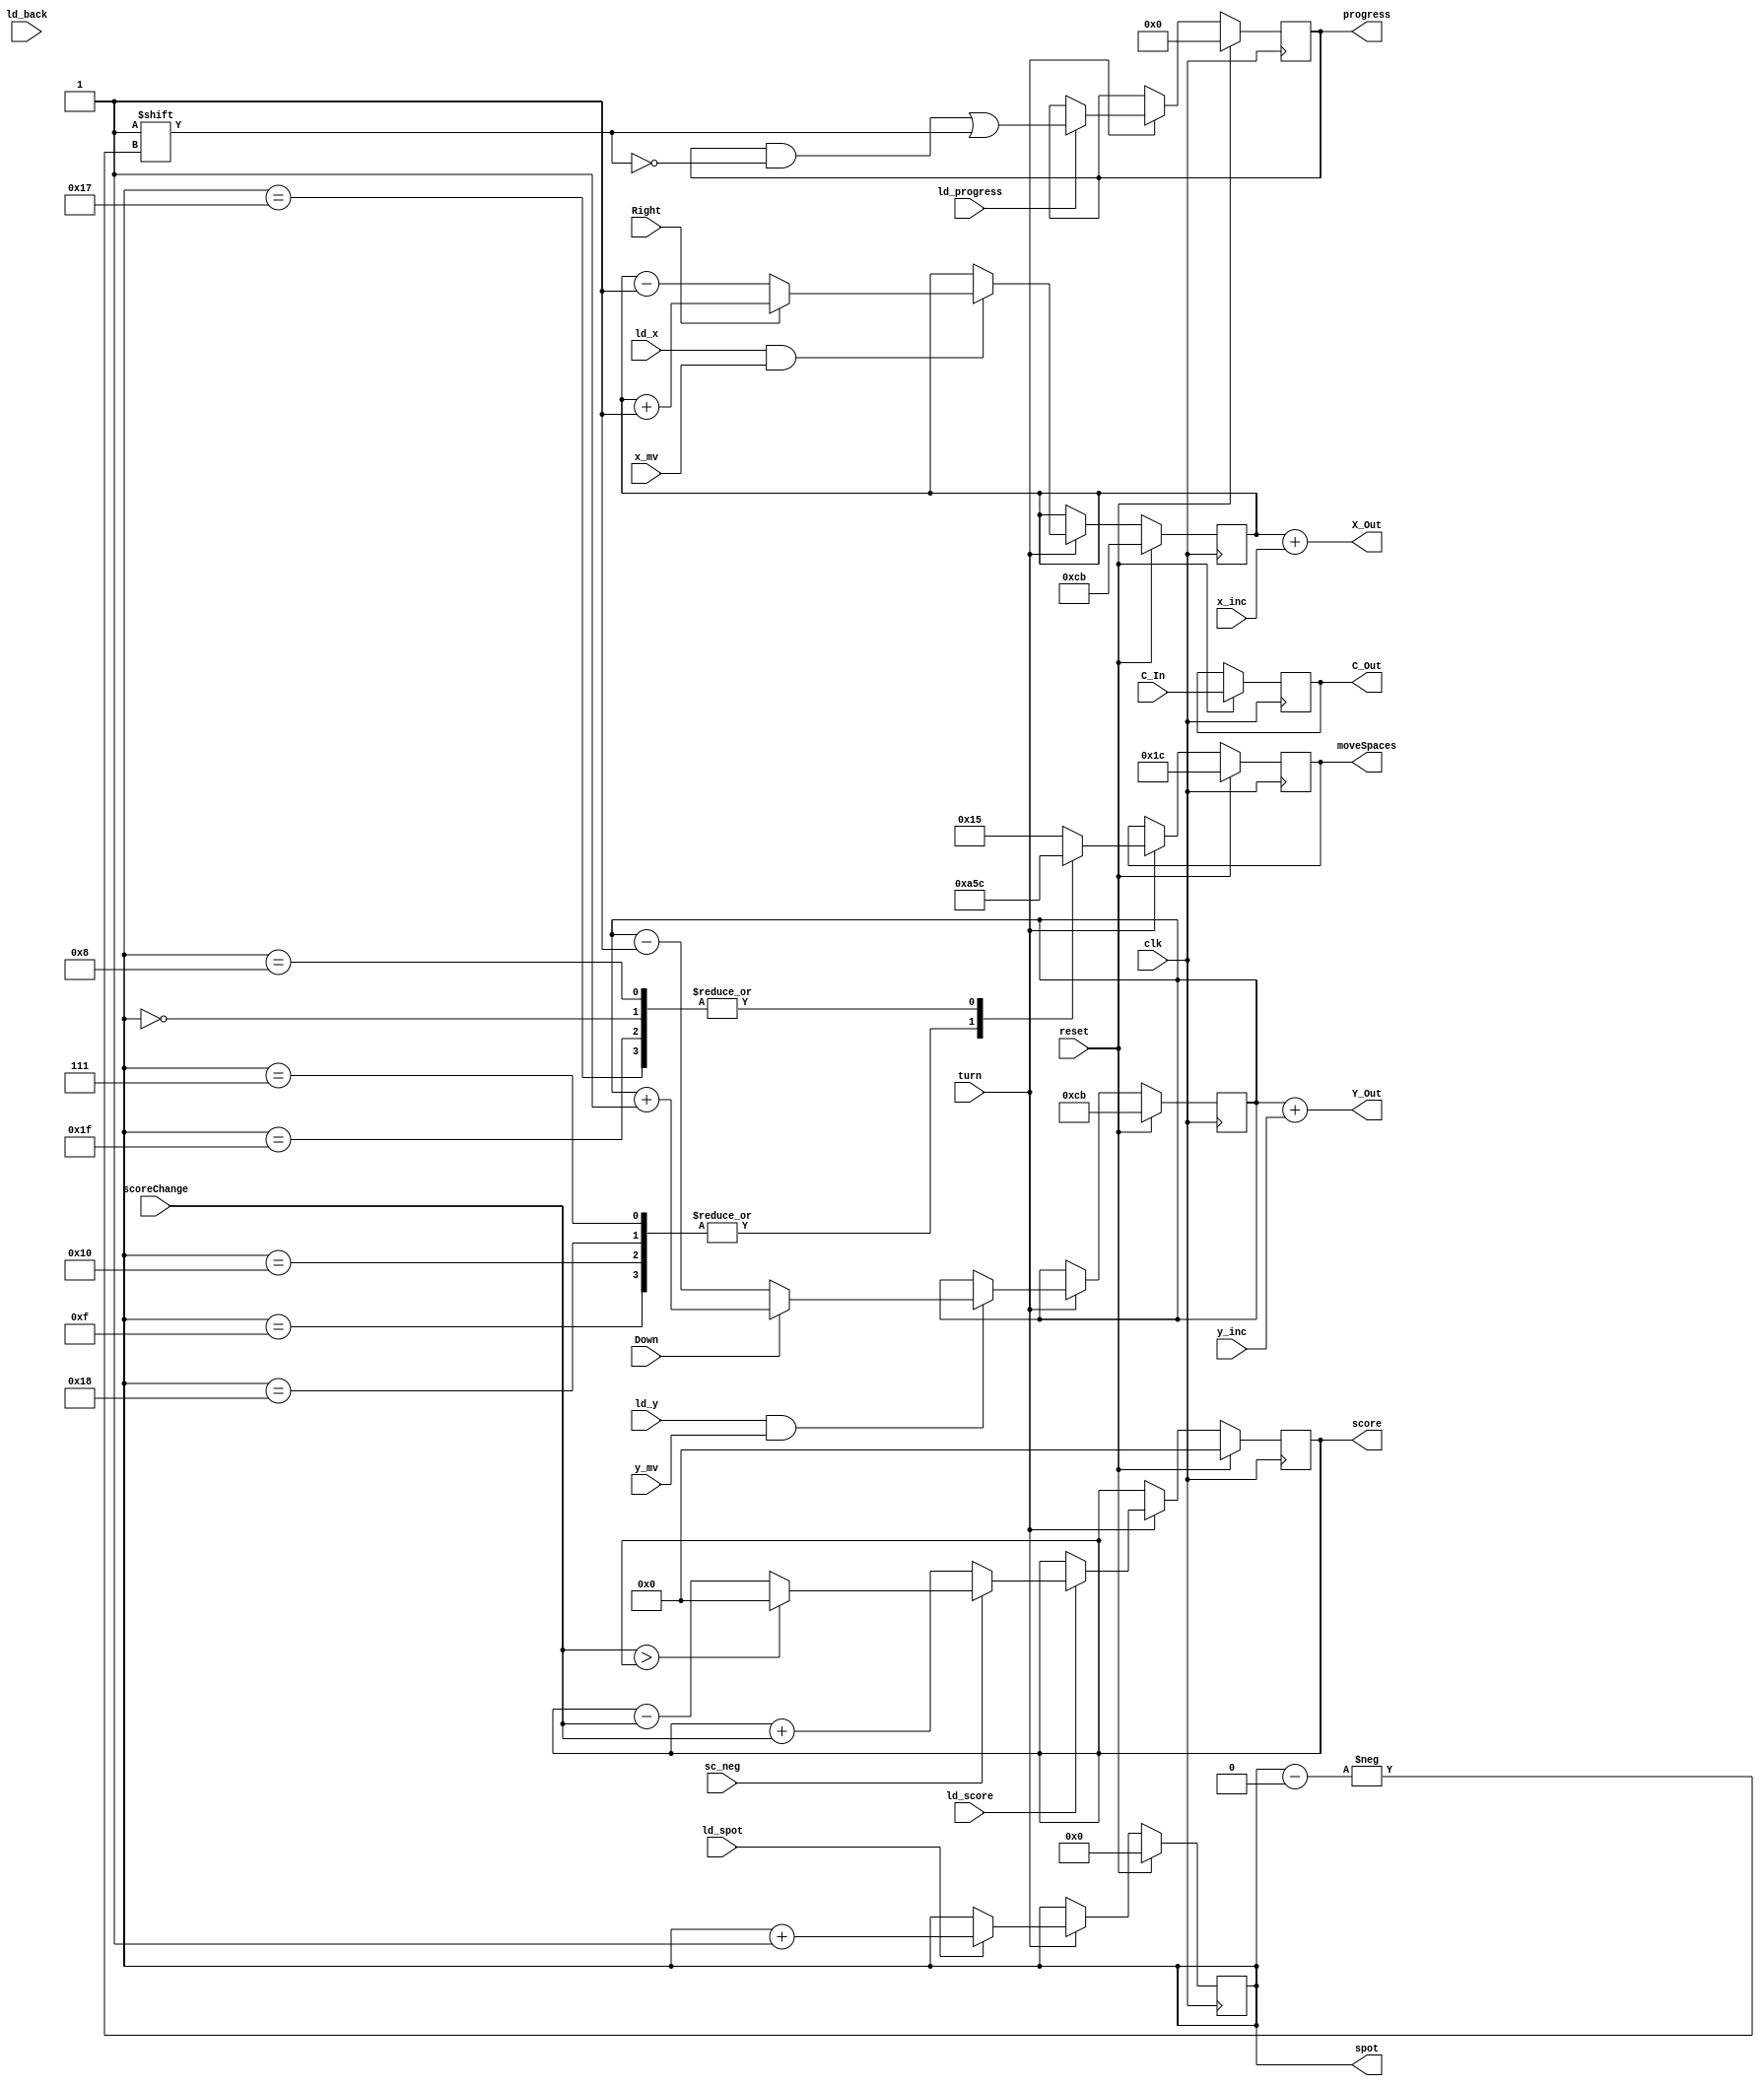
module Player (clk, turn, reset, Right, Down, C_In, ld_x, ld_y, ld_back, ld_spot,
						x_mv, y_mv, x_inc, y_inc, X_Out, Y_Out, C_Out, spot, moveSpaces,
						ld_score, ld_progress, sc_neg, scoreChange, score, progress
						);
	input clk, reset, turn, Right, Down;
	input ld_x, ld_y, ld_back, ld_spot, ld_score, ld_progress;
	input x_mv, y_mv, sc_neg;
	input [8:0] scoreChange;
	input [11:0] C_In;
	input [2:0] x_inc, y_inc;
	
	output [11:0] C_Out;
	output [7:0] Y_Out;
	output [8:0] X_Out;
	output reg [5:0] moveSpaces;
	output reg [4:0] spot;
	
	output reg [31:0] progress;
	output reg [12:0] score;
	
	reg [8:0] x;
	reg [7:0] y;
	reg [11:0] c;
	
	parameter player = 0;
	
	wire [8:0] x_rst = player == 0 ? 9'd203 :
								player == 1 ? 9'd219 :
								player == 2 ? 9'd211 :
								9'd227;
								
	wire [7:0] y_rst = player == 0 ? 8'd203 :
								player == 1 ? 8'd211 :
								player == 2 ? 8'd219 :
								8'd227;
	
	always @(posedge clk)
	begin
		if (reset) begin
			x <= x_rst;
			y <= y_rst;
			c <= C_In;
			spot <= 0;
			progress <= 0;
			score <= 0;
			if (player == 0)
				moveSpaces = 6'd28;
			else if (player == 1)
				moveSpaces = 6'd36;
			else if (player == 2)
				moveSpaces = 6'd36;
			else
				moveSpaces = 6'd44;
		end
		else if (turn) begin
			if (ld_x && x_mv) begin
				if (Right)
					x <= x + 1'b1;
				else
					x <= x - 1'b1;
			end
			if (ld_y && y_mv) begin
				if (Down)
					y <= y + 1'b1;
				else
					y <= y - 1'b1;
			end
			if (ld_spot)
				spot <= spot + 1'b1;
			
			if (ld_score) begin
				if (sc_neg) begin
					if (scoreChange > score)
						score = 0;
					else
						score = score - scoreChange;
				end else
					score = score + scoreChange;
			end
			
			if (ld_progress)
				progress[spot] <= 1;
			
			case (spot)
				5'd0: begin
					if (player == 0)
						moveSpaces = 6'd28;
					else if (player == 1)
						moveSpaces = 6'd36;
					else if (player == 2)
						moveSpaces = 6'd36;
					else
						moveSpaces = 6'd44;
				end
				5'd7: begin
					if (player == 0)
						moveSpaces = 6'd41;
					else if (player == 1)
						moveSpaces = 6'd33;
					else if (player == 2)
						moveSpaces = 6'd33;
					else
						moveSpaces = 6'd25;
				end
				5'd8: begin
					if (player == 0)
						moveSpaces = 6'd28;
					else if (player == 1)
						moveSpaces = 6'd36;
					else if (player == 2)
						moveSpaces = 6'd36;
					else
						moveSpaces = 6'd44;
				end
				5'd15: begin
					if (player == 0)
						moveSpaces = 6'd41;
					else if (player == 1)
						moveSpaces = 6'd33;
					else if (player == 2)
						moveSpaces = 6'd33;
					else
						moveSpaces = 6'd25;
				end
				5'd16: begin
					if (player == 0)
						moveSpaces = 6'd41;
					else if (player == 1)
						moveSpaces = 6'd33;
					else if (player == 2)
						moveSpaces = 6'd33;
					else
						moveSpaces = 6'd25;
				end
				5'd23: begin
					if (player == 0)
						moveSpaces = 6'd28;
					else if (player == 1)
						moveSpaces = 6'd36;
					else if (player == 2)
						moveSpaces = 6'd36;
					else
						moveSpaces = 6'd44;
				end
				5'd24: begin
					if (player == 0)
						moveSpaces = 6'd41;
					else if (player == 1)
						moveSpaces = 6'd33;
					else if (player == 2)
						moveSpaces = 6'd33;
					else
						moveSpaces = 6'd25;
				end
				5'd31: begin
					if (player == 0)
						moveSpaces = 6'd28;
					else if (player == 1)
						moveSpaces = 6'd36;
					else if (player == 2)
						moveSpaces = 6'd36;
					else
						moveSpaces = 6'd44;
				end
				default: moveSpaces = 6'd21;
			endcase
		end
	end
	
	assign X_Out = x + x_inc;
	assign Y_Out = y + y_inc;
	assign C_Out = c;

endmodule